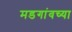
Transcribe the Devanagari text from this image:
मडगांवच्या